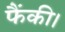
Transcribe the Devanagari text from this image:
फैंकी।